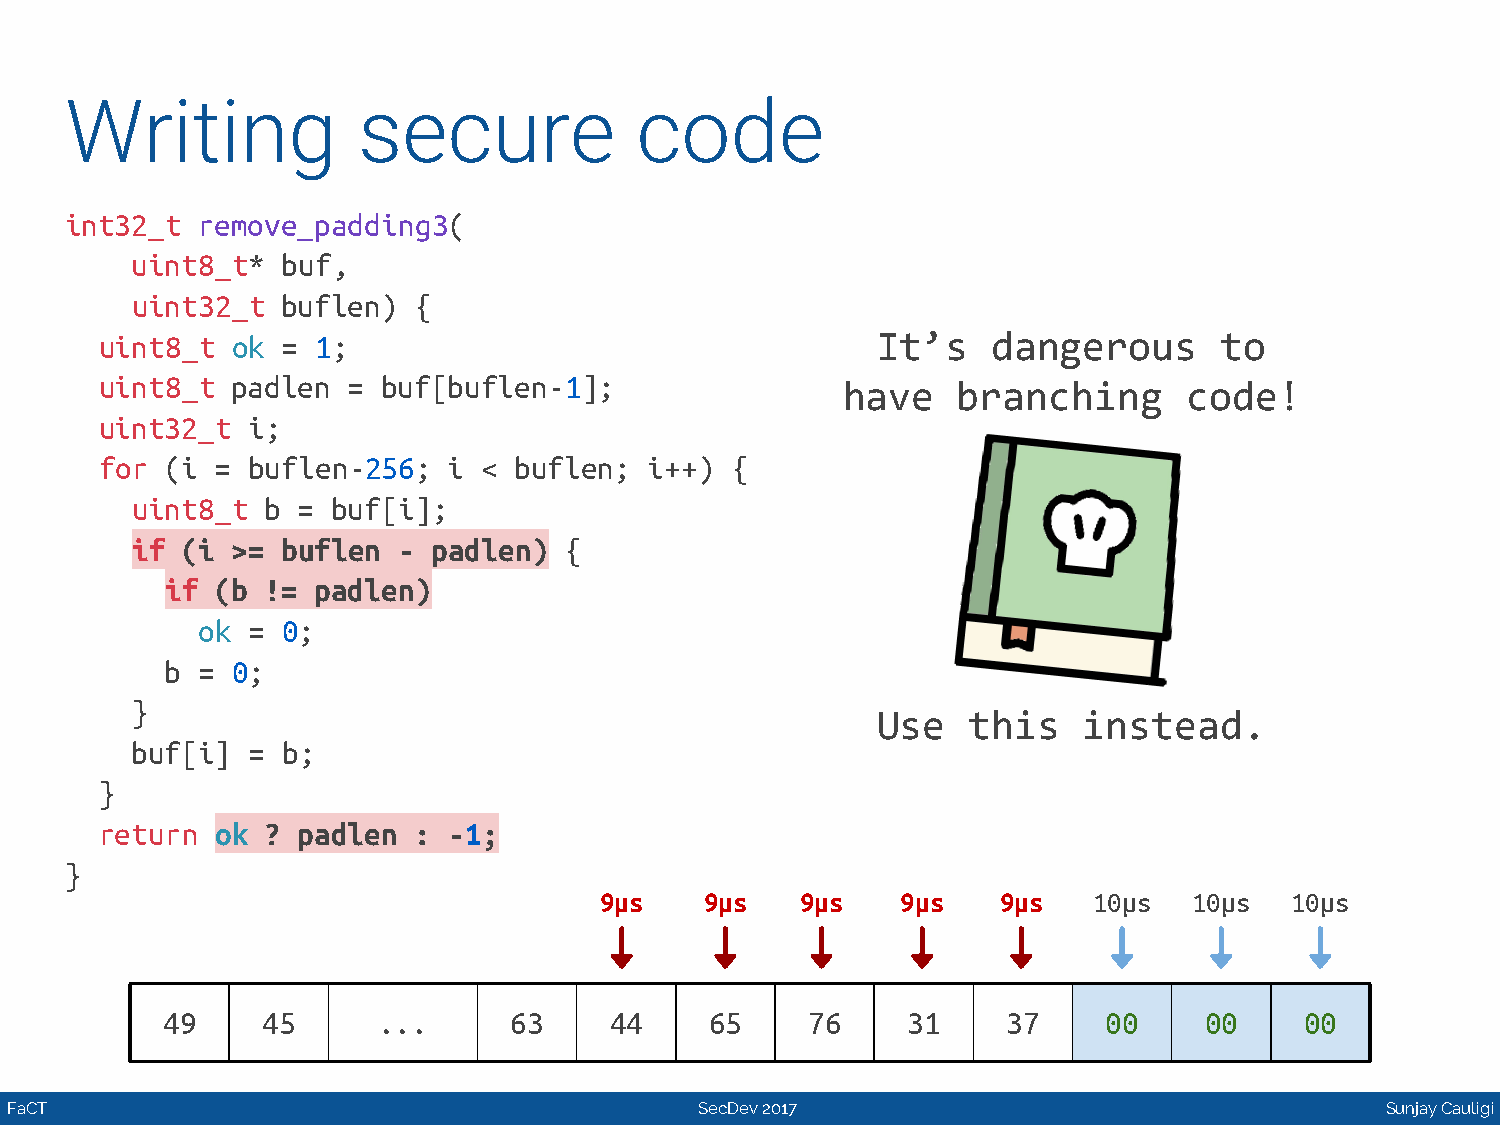
Writing             secure            code
 int32_t  remove_padding3(
 uint8_t*  buf,
 uint32_t  buflen) {
 uint8_t ok  = 1;                                   It’s    dangerous      to
 uint8_t padlen  = buf[buflen-1];
 have   branching       code!
 uint32_t i;
 for (i = buflen-256;   i < buflen;  i++) {
 uint8_t  b = buf[i];
 if (i >=  buflen -  padlen) {
 if (b  != padlen)
 ok =  0;
 b = 0;
 }
 Use   this    instead.
 buf[i] =  b;
 }
 return ok  ? padlen :  -1;
 }
 9μs    9μs   9μs    9μs   9μs   10μs   10μs  10μs
 49    45      ...      63    44     65    76     31     37    00     00    00
 FaCT                                          SecDev 2017                                   Sunjay Cauligi